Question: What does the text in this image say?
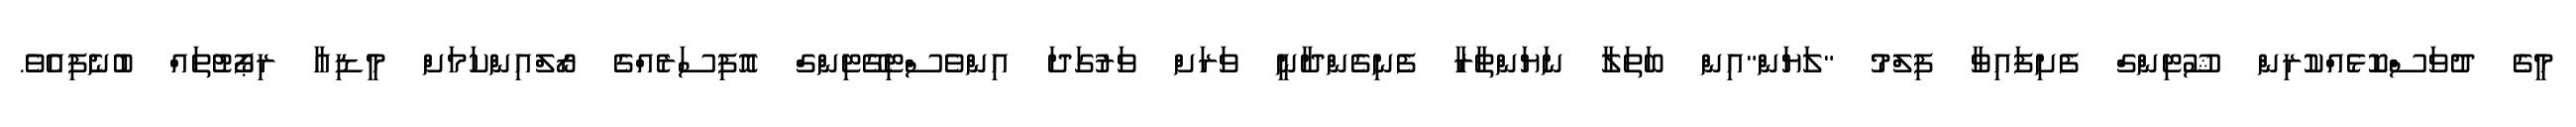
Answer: މީގެ ދުވަސްކޮޅެއްކުރިން ޝޫޓިންގް ފެށިފައިވާ ފިލްމު "ލަޔަން"އިން ބަތަލާ ނަޔަންތާރާ ފެނިގެންދާނީ ވަރަށް ވަރުގަދަ އިންވެސްޓިގޭޓިންގް އޮފިސަރެއްގެ ރޯލްއިންކަމަށް މީޑިއާ ރިޕޯޓުތައް ބުނެފިއެވެ.